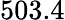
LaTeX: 503.4